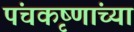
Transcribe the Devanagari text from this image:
पंचकृष्णांच्या